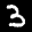
Label: 3